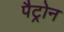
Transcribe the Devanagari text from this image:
पैट्रोन